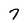
Character: 7